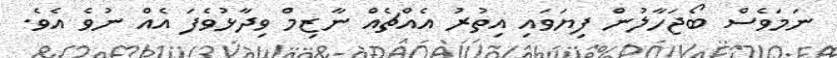
ނަމަވެސް ބޯޖަހާލުން ފިޔަވައި އިތުރު އެއްޗެއް ނާޒިމް ވިދާޅުވެފަ އެއް ނުވެ އެވެ.